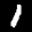
Label: 1